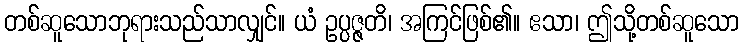
တစ်ဆူသောဘုရားသည်သာလျှင်။ ယံ ဥပ္ပဇ္ဇတိ၊ အကြင်ဖြစ်၏။ ဧသာ၊ ဤသို့တစ်ဆူသော